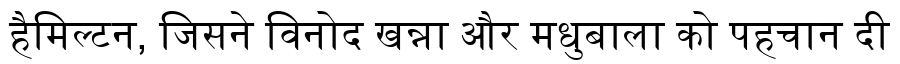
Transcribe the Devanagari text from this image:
हैमिल्टन, जिसने विनोद खन्ना और मधुबाला को पहचान दी